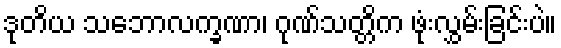
ဒုတိယ သဘောလက္ခဏာ၊ ဂုဏ်သတ္တိက ဖုံးလွှမ်းခြင်းပဲ။